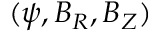
( \boldsymbol { \psi } , \boldsymbol { B } _ { R } , \boldsymbol { B } _ { Z } )